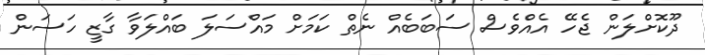
ދޫކޮށްލަން ޖެހޭ އެއްވެސް ސަބަބެއް ނެތް ކަމަށް މައްސަލަ ބައްލަވާ ގާޒީ ހަސަން